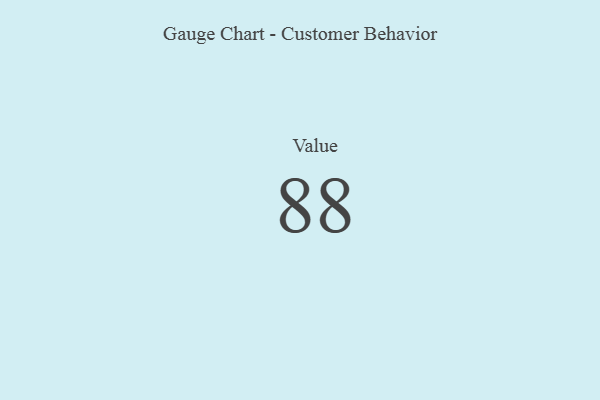
{"axis": {"x": "Metric", "y": "Value"}, "legend": [""], "data": [{"x": "Value", "y": 88, "type": ""}]}